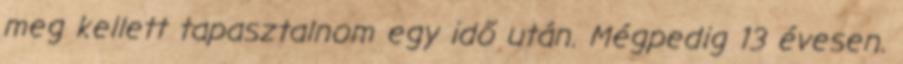
meg kellett tapasztalnom egy idő után. Mégpedig 13 évesen.